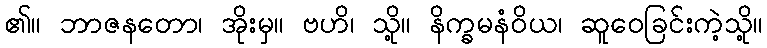
၏။ ဘာဇနတော၊ အိုးမှ။ ဗဟိ၊ သို့။ နိက္ခမနံဝိယ၊ ဆူဝေခြင်းကဲ့သို့။